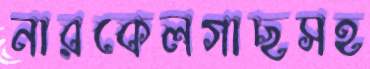
নারকেলগাছসহ